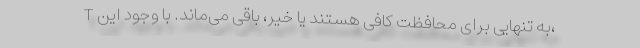
T به تنهایی برای محافظت کافی هستند یا خیر، باقی می‌ماند. با وجود این،